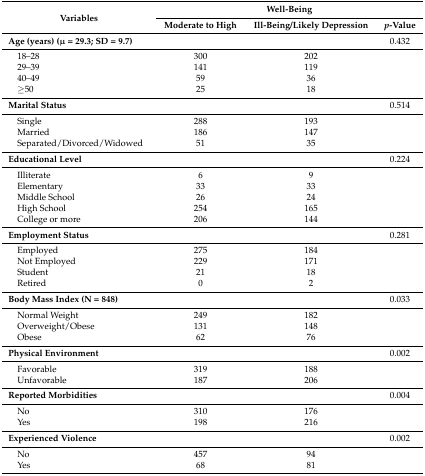
| <ROWSPAN=2> Variables | <COLSPAN=3> Well-Being |
 | Moderate to High | Ill-Being/Likely Depression | p-Value |
 | --- | --- | --- | --- |
 | Age (years) (μ = 29.3; SD = 9.7) |  |  | 0.432 |
 | 18–28 | 300 | 202 |  |
 | 29–39 | 141 | 119 |  |
 | 40–49 | 59 | 36 |  |
 | ≥50 | 25 | 18 |  |
 | Marital Status |  |  | 0.514 |
 | Single | 288 | 193 |  |
 | Married | 186 | 147 |  |
 | Separated/Divorced/Widowed | 51 | 35 |  |
 | Educational Level |  |  | 0.224 |
 | Illiterate | 6 | 9 |  |
 | Elementary | 33 | 33 |  |
 | Middle School | 26 | 24 |  |
 | High School | 254 | 165 |  |
 | College or more | 206 | 144 |  |
 | Employment Status |  |  | 0.281 |
 | Employed | 275 | 184 |  |
 | Not Employed | 229 | 171 |  |
 | Student | 21 | 18 |  |
 | Retired | 0 | 2 |  |
 | Body Mass Index (N = 848) |  |  | 0.033 |
 | Normal Weight | 249 | 182 |  |
 | Overweight/Obese | 131 | 148 |  |
 | Obese | 62 | 76 |  |
 | Physical Environment |  |  | 0.002 |
 | Favorable | 319 | 188 |  |
 | Unfavorable | 187 | 206 |  |
 | Reported Morbidities |  |  | 0.004 |
 | No | 310 | 176 |  |
 | Yes | 198 | 216 |  |
 | Experienced Violence |  |  | 0.002 |
 | No | 457 | 94 |  |
 | Yes | 68 | 81 |  |